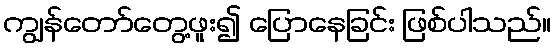
ကျွန်တော်တွေ့ဖူး၍ ပြောနေခြင်း ဖြစ်ပါသည်။